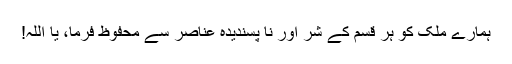
ہمارے ملک کو ہر قسم کے شر اور نا پسندیدہ عناصر سے محفوظ فرما، یا اللہ!